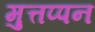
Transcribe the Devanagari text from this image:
मुत्तप्पन